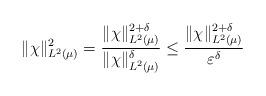
LaTeX: \begin{align*} \|\chi\|_{L^2(\mu)} ^2 = \frac{\|\chi\|_{L^2(\mu)}^{2 + \delta}}{\|\chi\|_{L^2(\mu)}^{ \delta}} \leq \frac{\|\chi\|_{L^2(\mu)}^{2 + \delta}}{\varepsilon^\delta}\end{align*}